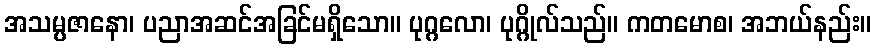
အသမ္ပဇာနော၊ ပညာအဆင်အခြင်မရှိသော။ ပုဂ္ဂလော၊ ပုဂ္ဂိုလ်သည်။ ကတမောစ၊ အဘယ်နည်း။